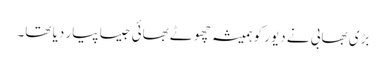
بڑی بھابی نے دیور کو ہمیشہ چھوٹے بھائی جیسا پیار دیا تھا۔